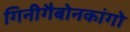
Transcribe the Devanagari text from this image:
गिनीगैबोनकांगो